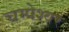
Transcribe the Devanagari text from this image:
चम्पेश्वर